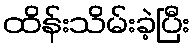
ထိန်းသိမ်းခဲ့ပြီး